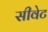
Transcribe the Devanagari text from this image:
सीवेट